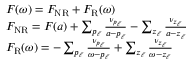
\begin{array} { r } { \begin{array} { r l } & { F ( \omega ) = F _ { \mathrm { N R } } + F _ { \mathrm { R } } ( \omega ) } \\ & { F _ { \mathrm { N R } } = F ( a ) + \sum _ { p _ { \ell } } \frac { \nu _ { p _ { \ell } } } { a - p _ { \ell } } - \sum _ { z _ { \ell } } \frac { \nu _ { z _ { \ell } } } { a - z _ { \ell } } } \\ & { F _ { \mathrm { R } } ( \omega ) = - \sum _ { p _ { \ell } } \frac { \nu _ { p _ { \ell } } } { \omega - p _ { \ell } } + \sum _ { z _ { \ell } } \frac { \nu _ { z _ { \ell } } } { \omega - z _ { \ell } } } \end{array} } \end{array}